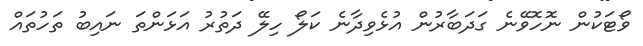
ވޯޓަކުން ނޮހޮވޭނެ ގަދަބާރުން އުޅެވިދާނެ ކަލޯ ހިލޭ ދަތުރު އަޅަންތަ ނައިބު ތަހުތައް